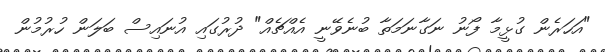
"އަހަރެން ގުޅީމާ ފޯނު ނަގާނަމަތާ ބުނެވޭނީ އެއްޗެއް" ދުރުގައި އުނައިސް ބަލަން ހުރުމުން